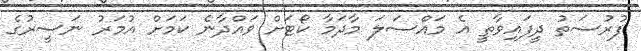
ފުރުސަތު ދީފައިވާތީ އެ މައްސަލަ މާދަމާ ކޯޓަށް ވައްދާނެ ކަމަށް އުމަރު ނަސީރުގެ